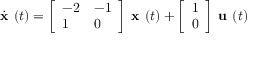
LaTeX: { \dot { \textbf { x } } } ( t ) = { \left[ \begin{array} { l l } { - 2 } & { - 1 } \\ { 1 } & { 0 } \end{array} \right] } { \textbf { x } } ( t ) + { \left[ \begin{array} { l } { 1 } \\ { 0 } \end{array} \right] } { \textbf { u } } ( t )